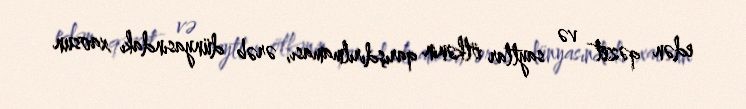
edən qəzet və saytlar ölkənin qarışdırılmaması, ərəb dünyasındakı xaosun